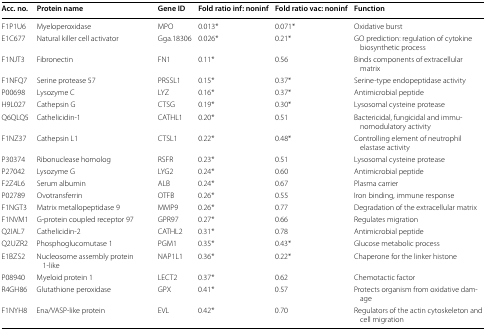
<table><thead><tr><td><b>Acc. no.</b></td><td><b>Protein name</b></td><td><b>Gene ID</b></td><td><b>Fold ratio inf: noninf</b></td><td><b>Fold ratio vac: noninf</b></td><td><b>Function</b></td></tr></thead><tbody><tr><td>F1P1U6</td><td>Myeloperoxidase</td><td>MPO</td><td>0.013*</td><td>0.071*</td><td>Oxidative burst</td></tr><tr><td>E1C677</td><td>Natural killer cell activator</td><td>Gga.18306</td><td>0.026*</td><td>0.21*</td><td>GO prediction: regulation of cytokine biosynthetic process</td></tr><tr><td>F1NJT3</td><td>Fibronectin</td><td>FN1</td><td>0.11*</td><td>0.56</td><td>Binds components of extracellular matrix</td></tr><tr><td>F1NFQ7</td><td>Serine protease 57</td><td>PRSSL1</td><td>0.15*</td><td>0.37*</td><td>Serine-type endopeptidase activity</td></tr><tr><td>P00698</td><td>Lysozyme C</td><td>LYZ</td><td>0.16*</td><td>0.37*</td><td>Antimicrobial peptide</td></tr><tr><td>H9L027</td><td>Cathepsin G</td><td>CTSG</td><td>0.19*</td><td>0.30*</td><td>Lysosomal cysteine protease</td></tr><tr><td>Q6QLQ5</td><td>Cathelicidin-1</td><td>CATHL1</td><td>0.20*</td><td>0.51</td><td>Bactericidal, fungicidal and immunomodulatory activity</td></tr><tr><td>F1NZ37</td><td>Cathepsin L1</td><td>CTSL1</td><td>0.22*</td><td>0.48*</td><td>Controlling element of neutrophil elastase activity</td></tr><tr><td>P30374</td><td>Ribonuclease homolog</td><td>RSFR</td><td>0.23*</td><td>0.51</td><td>Lysosomal cysteine protease</td></tr><tr><td>P27042</td><td>Lysozyme G</td><td>LYG2</td><td>0.24*</td><td>0.60</td><td>Antimicrobial peptide</td></tr><tr><td>F2Z4L6</td><td>Serum albumin</td><td>ALB</td><td>0.24*</td><td>0.67</td><td>Plasma carrier</td></tr><tr><td>P02789</td><td>Ovotransferrin</td><td>OTFB</td><td>0.26*</td><td>0.55</td><td>Iron binding, immune response</td></tr><tr><td>F1NGT3</td><td>Matrix metallopeptidase 9</td><td>MMP9</td><td>0.26*</td><td>0.77</td><td>Degradation of the extracellular matrix</td></tr><tr><td>F1NVM1</td><td>G-protein coupled receptor 97</td><td>GPR97</td><td>0.27*</td><td>0.66</td><td>Regulates migration</td></tr><tr><td>Q2IAL7</td><td>Cathelicidin-2</td><td>CATHL2</td><td>0.31*</td><td>0.78</td><td>Antimicrobial peptide</td></tr><tr><td>Q2UZR2</td><td>Phosphoglucomutase 1</td><td>PGM1</td><td>0.35*</td><td>0.43*</td><td>Glucose metabolic process</td></tr><tr><td>E1BZS2</td><td>Nucleosome assembly protein 1-like</td><td>NAP1L1</td><td>0.36*</td><td>0.22*</td><td>Chaperone for the linker histone</td></tr><tr><td>P08940</td><td>Myeloid protein 1</td><td>LECT2</td><td>0.37*</td><td>0.62</td><td>Chemotactic factor</td></tr><tr><td>R4GH86</td><td>Glutathione peroxidase</td><td>GPX</td><td>0.41*</td><td>0.57</td><td>Protects organism from oxidative damage</td></tr><tr><td>F1NYH8</td><td>Ena/VASP-like protein</td><td>EVL</td><td>0.42*</td><td>0.70</td><td>Regulators of the actin cytoskeleton and cell migration</td></tr></tbody></table>